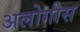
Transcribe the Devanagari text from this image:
अलोगोस